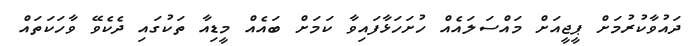
ދައުވާކުރުމަށް ޕީޖީއަށް މައްސަލައެއް ހުށަހަޅާފައިވާ ކަމަށް ބައެއް މީޑިއާ ތަކުގައި ދެކެވޭ ވާހަކަތައް